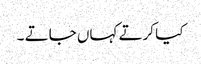
کیا کرتے کہاں جاتے ۔